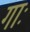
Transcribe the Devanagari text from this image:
गाः